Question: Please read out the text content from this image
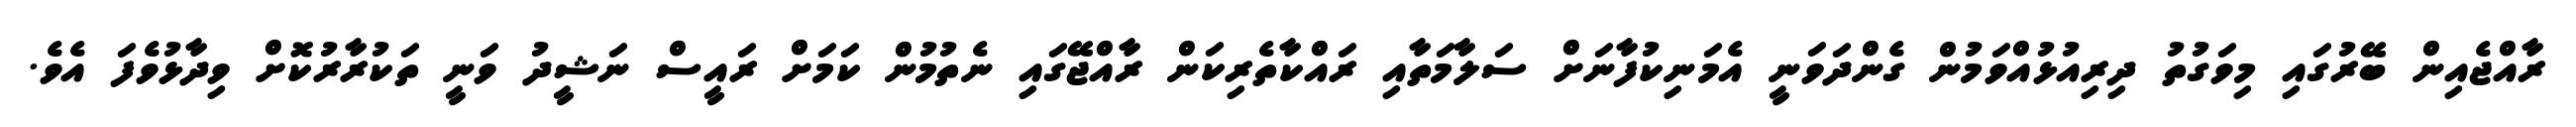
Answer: ރާއްޖެއިން ބޭރުގައި މިވަގުތު ދިރިއުޅުއްވަމުން ގެންދަވަނީ އެމަނިކުފާނަށް ސަލާމަތާއި ރައްކާތެރިކަން ރާއްޖޭގައި ނެތުމުން ކަމަށް ރައީސް ނަޝީދު ވަނީ ތަކުރާރުކޮށް ވިދާޅުވެފަ އެވެ.